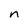
Character: n